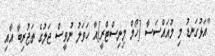
"އަޅުގަނޑު މި މުުއައްސަސާ [ހޯމް މިނިސްޓްރީ]އާ ހަވަލު ނުވީސް ޖަލުގެ ތަޖުރިބާ އާއި